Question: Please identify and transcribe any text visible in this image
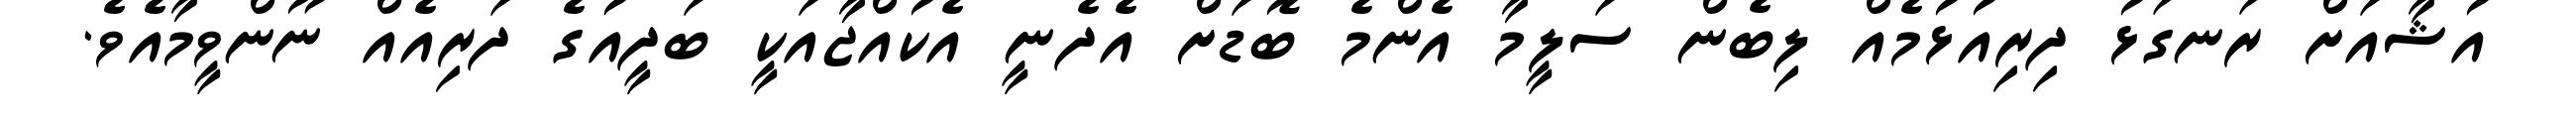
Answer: އުޝާއަށް ރަނގަޅު ދިރިއުޅުމެއް ލިބެން ސަލީމާ އެންމެ ބޮޑަށް އެދެނީ އެކުއްޖާއަކީ ބަދީއުގެ ދަރިއެއް ނޫންވީމާއެވެ.